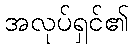
အလုပ်ရှင်၏